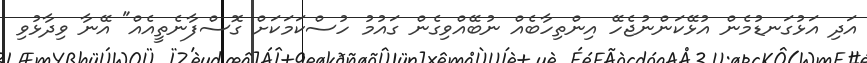
އަދި އަޅުގަނޑުމެން އުޅޭކަންނުޖެހޭ އިންތިހާބެއް ނުބޭއްވިގެން ގައުމު ހުސްކަމަކަށް ގޮސްފާނެތީއެއް" އޭނާ ވިދާޅުވި